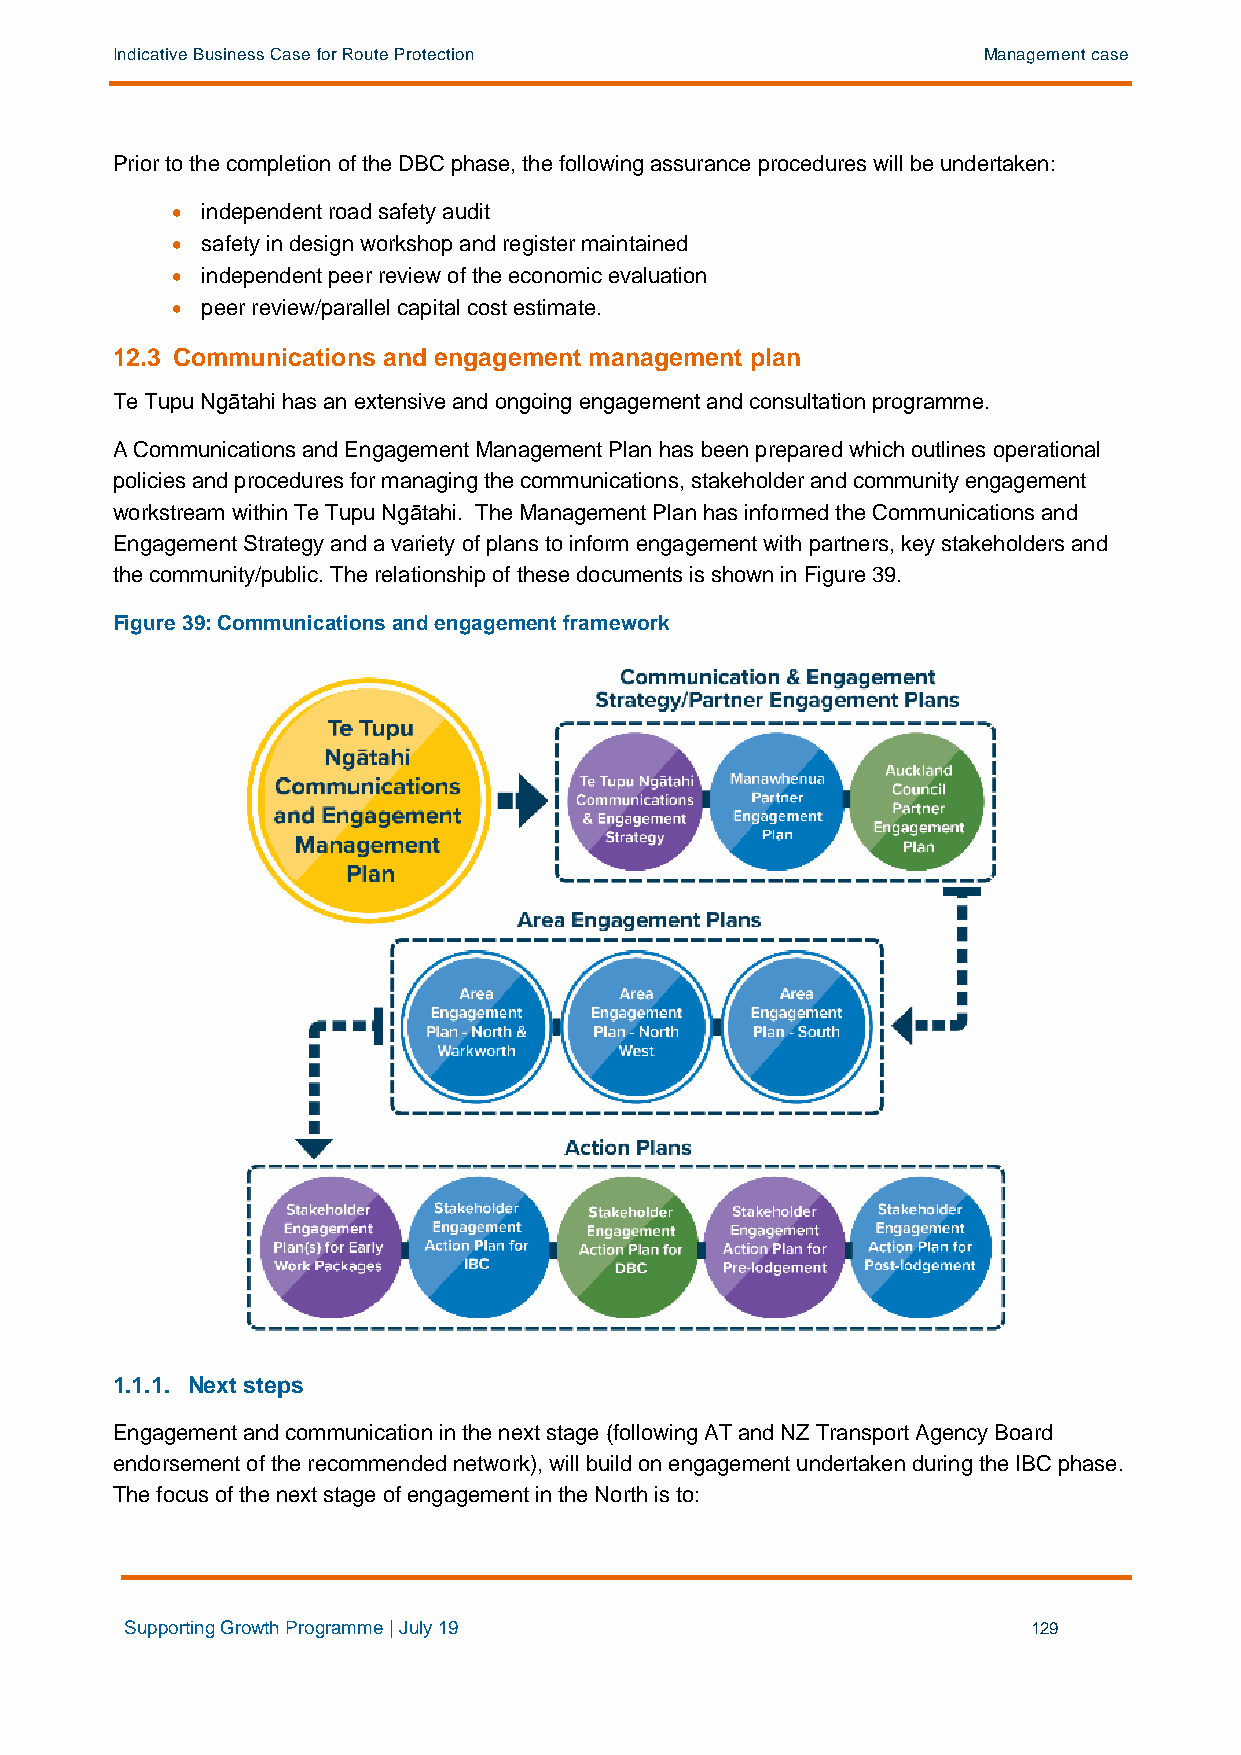
Indicative Business Case for Route Protection             Management case
 Prior to the completion of the DBC phase, the following assurance procedures will be undertaken:
 • independent road safety audit
 • safety in design workshop and register maintained
 • independent peer review of the economic evaluation
 • peer review/parallel capital cost estimate.
 12.3 Communications and engagement management plan
 Te Tupu Ngātahi has an extensive and ongoing engagement and consultation programme.
 A Communications and Engagement Management Plan has been prepared which outlines operational
 policies and procedures for managing the communications, stakeholder and community engagement
 workstream within Te Tupu Ngātahi. The Management Plan has informed the Communications and
 Engagement Strategy and a variety of plans to inform engagement with partners, key stakeholders and
 the community/public. The relationship of these documents is shown in Figure 39.
 Figure 39: Communications and engagement framework
 1.1.1. Next steps
 Engagement and communication in the next stage (following AT and NZ Transport Agency Board
 endorsement of the recommended network), will build on engagement undertaken during the IBC phase.
 The focus of the next stage of engagement in the North is to:
 Supporting Growth Programme | July 19                       129